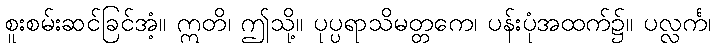
စူးစမ်းဆင်ခြင်အံ့။ ဣတိ၊ ဤသို့။ ပုပ္ပရာသိမတ္တကေ၊ ပန်းပုံအထက်၌။ ပလ္လင်္က၊